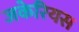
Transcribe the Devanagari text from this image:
जकेरियस